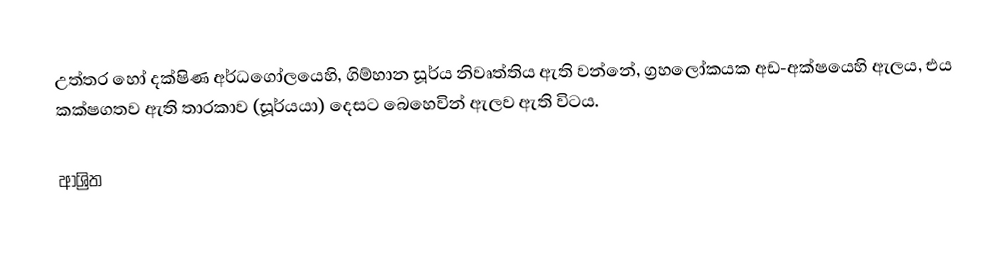
උත්තර හෝ දක්ෂිණ අර්ධගෝලයෙහි, ගිම්හාන සූර්ය නිවෘත්තිය ඇති වන්නේ, ග්‍රහලෝකයක අඩ-අක්ෂයෙහි ඇලය, එය කක්ෂගතව ඇති තාරකාව (සූර්යයා) දෙසට බෙහෙවින් ඇලව ඇති විටය.

ආශ්‍රිත